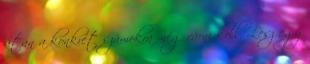
után a konkrét számokra még várni kell. Lesz egy